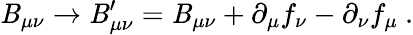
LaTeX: \mathit{B}_{\mu\nu}\rightarrow\mathit{B}_{\mu\nu}^{\prime}=\mathit{B}_{\mu\nu}+\partial_{\mu}f_{\nu}-\partial_{\nu}f_{\mu}~.